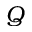
Q